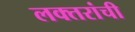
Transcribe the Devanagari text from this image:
लक्‍तरांची